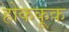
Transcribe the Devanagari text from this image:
होककूक